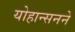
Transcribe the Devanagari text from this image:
योहान्सनने